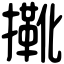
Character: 𢶤